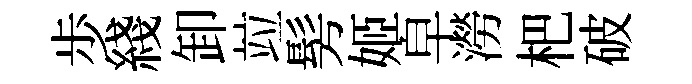
歩綫卸竝髣姬皁澇杷破